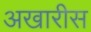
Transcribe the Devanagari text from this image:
अखारीस